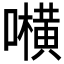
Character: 𱕟